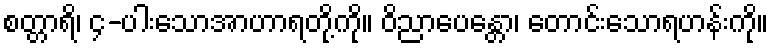
စတ္တာရိ၊ ၄-ပါးသောအာဟာရတို့ကို။ ဝိညာပေန္တော၊ တောင်းသောရဟန်းကို။